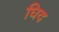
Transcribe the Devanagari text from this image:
घिद